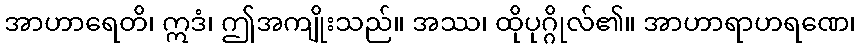
အာဟာရေတိ၊ ဣဒံ၊ ဤအကျိုးသည်။ အဿ၊ ထိုပုဂ္ဂိုလ်၏။ အာဟာရာဟရဏေ၊